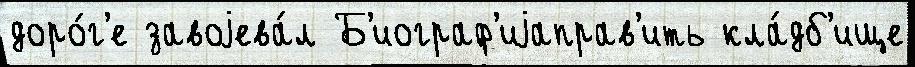
доро́г'е завоjева́л Б'иограф'иjаправ'ить кла́дб'ище